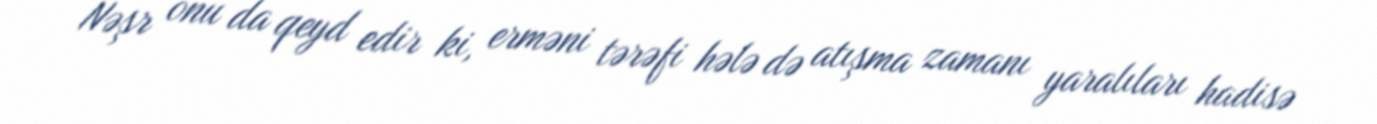
Nəşr onu da qeyd edir ki, erməni tərəfi hələ də atışma zamanı yaralıları hadisə